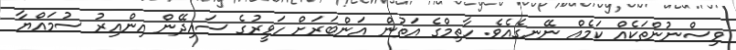
ވިސްނުންތަކެއް ކަމެއް ނޭނގެއެވެ. ހާތިމްގެ އަތުން އަންބަރަށް ހަވީރުގެ ސައިދޭން އިންއިރު ސުމައްޔާ